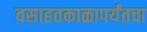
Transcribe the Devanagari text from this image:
वसाहतकाळापर्यंतचा